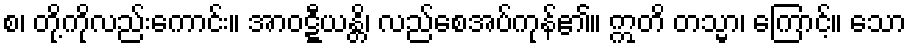
စ၊ တို့ကိုလည်းကောင်း။ အာဝဋ္ဋီယန္တိ၊ လည်စေအပ်ကုန်၏။ ဣတိ တသ္မာ၊ ကြောင့်။ သော